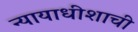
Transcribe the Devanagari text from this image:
न्यायाधीशाची